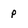
Character: p